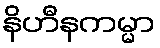
နိဟီနကမ္မာ